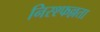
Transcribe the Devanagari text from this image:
निस्श्फल्लता